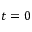
t = 0